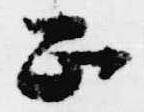
正